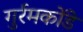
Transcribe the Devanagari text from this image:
गुर्रमकोंडे